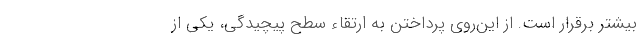
بیشتر برقرار است. از این‌روی پرداختن به ارتقاء سطح پیچیدگی، یکی از